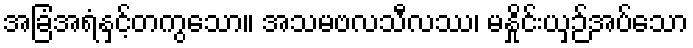
အခြံအရံနှင့်တကွသော။ အသမဗလသီလဿ၊ မနှိုင်းယှဉ်အပ်သော